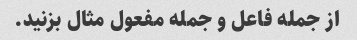
از جمله فاعل و جمله مفعول مثال بزنید.